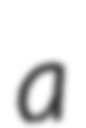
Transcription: a